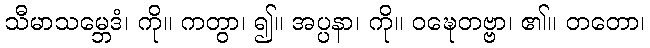
သီမာသမ္ဘေဒံ၊ ကို။ ကတွာ၊ ၍။ အပ္ပနာ၊ ကို။ ဝဍ္ဎေတဗ္ဗာ၊ ၏။ တတော၊